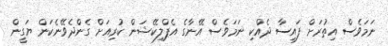
ނަމަވެސް އިތުރަށް ފައިސާ ދެއްކި ނަމަވެސް އޭނާގެ އެޕްލިކޭޝަން ކުރިއަށް ގެންދެވޭނެކަން ޔަގީން